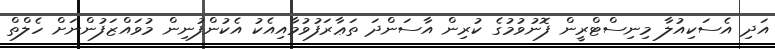
އަދި އެސަކިއުލާ މިނިސްޓްރީން ފޮނުވުމުގެ ކުރިން އާސަންދަ ތަޢާރަފުވުމާއިއެކު އެކުންފުނިން މުވައްޒަފުންނަށް ހެލްތް